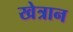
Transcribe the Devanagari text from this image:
खेत्रान